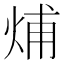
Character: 烳